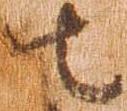
の